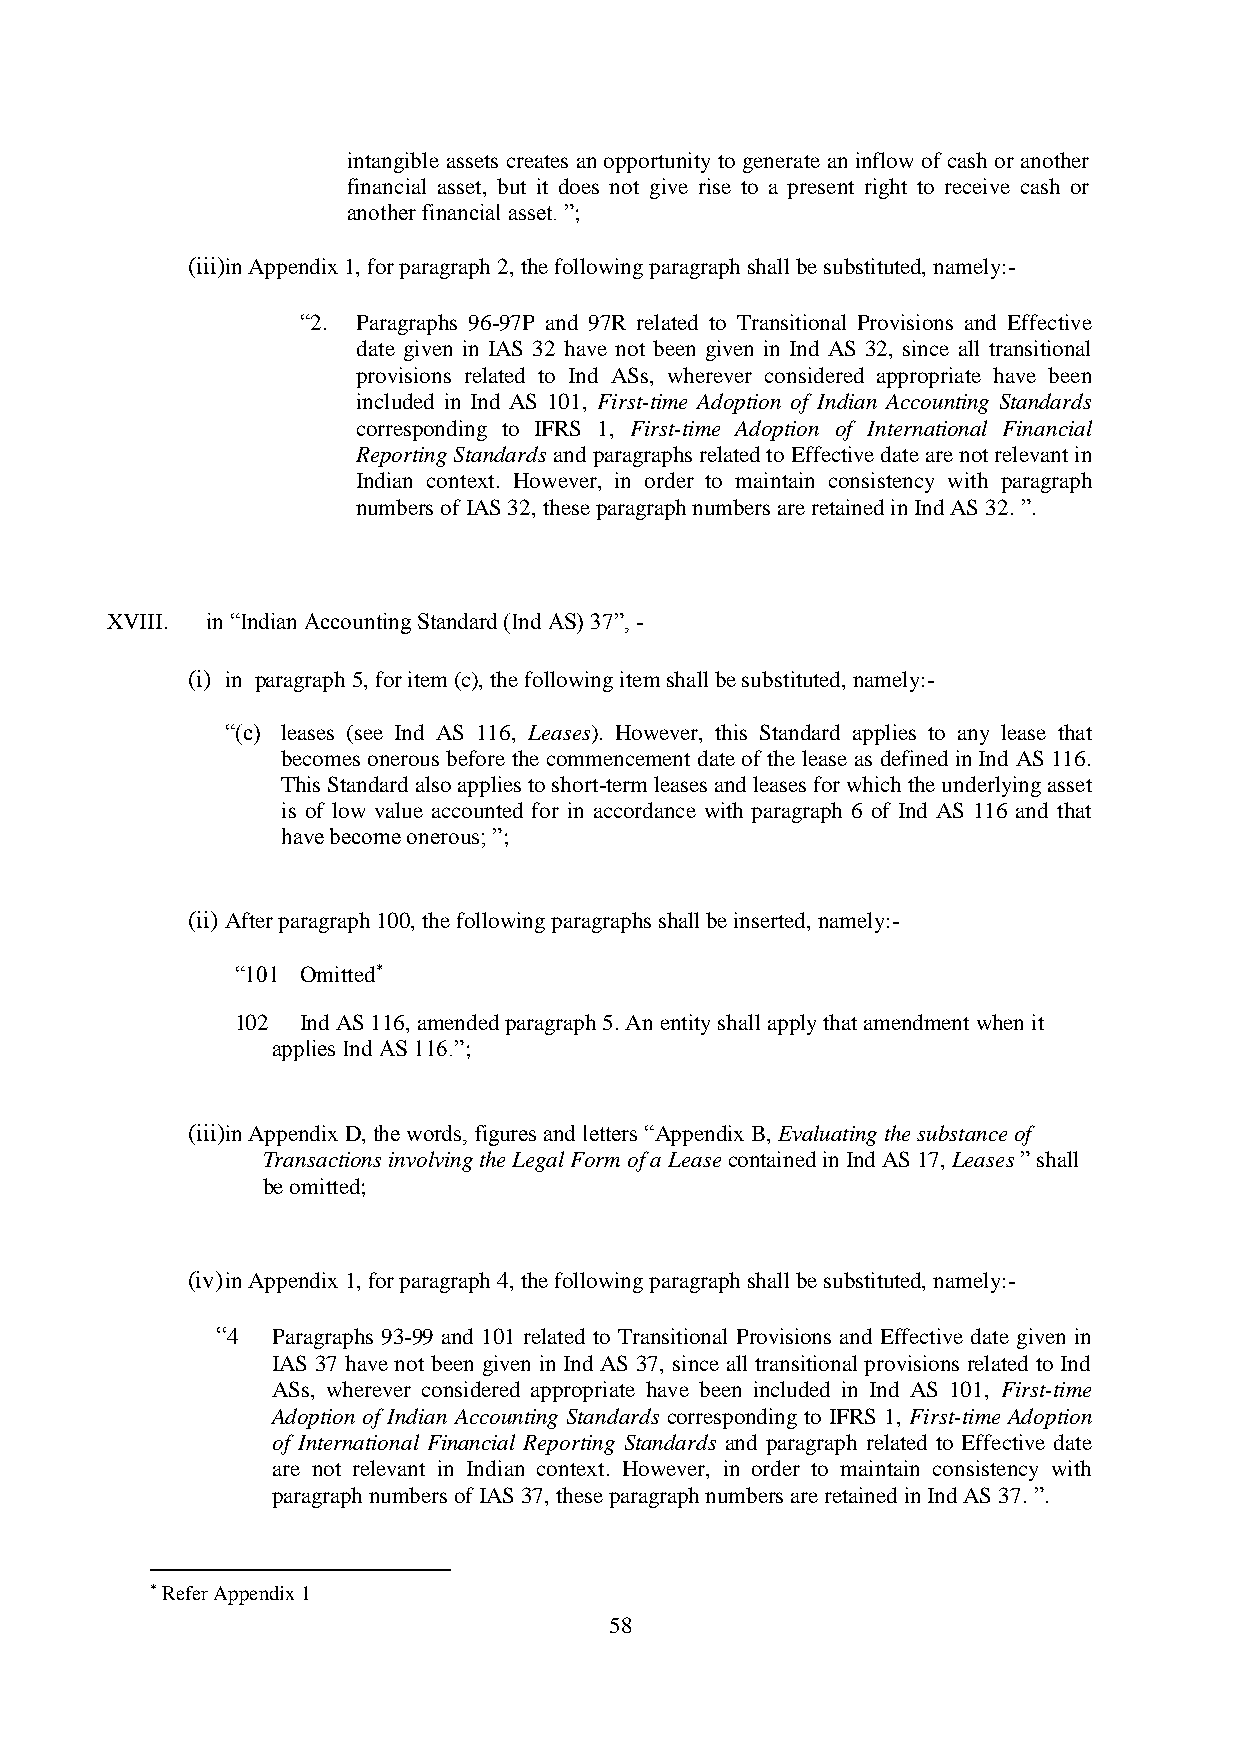
intangible assets creates an opportunity to generate an inflow of cash or another
 financial asset, but it does not give rise to a present right to receive cash or
 another financial asset. ”;
 (iii)in Appendix 1, for paragraph 2, the following paragraph shall be substituted, namely:-
 “2. Paragraphs 96-97P and 97R related to Transitional Provisions and Effective
 date given in IAS 32 have not been given in Ind AS 32, since all transitional
 provisions related to Ind ASs, wherever considered appropriate have been
 included in Ind AS 101, First-time Adoption of Indian Accounting Standards
 corresponding to IFRS 1, First-time Adoption of International Financial
 Reporting Standards and paragraphs related to Effective date are not relevant in
 Indian context. However, in order to maintain consistency with paragraph
 numbers of IAS 32, these paragraph numbers are retained in Ind AS 32. ”.
 XVIII. in “Indian Accounting Standard (Ind AS) 37”, -
 (i) in paragraph 5, for item (c), the following item shall be substituted, namely:-
 “(c) leases (see Ind AS 116, Leases). However, this Standard applies to any lease that
 becomes onerous before the commencement date of the lease as defined in Ind AS 116.
 This Standard also applies to short-term leases and leases for which the underlying asset
 is of low value accounted for in accordance with paragraph 6 of Ind AS 116 and that
 have become onerous; ”;
 (ii) After paragraph 100, the following paragraphs shall be inserted, namely:-
 “101 Omitted*
 102 Ind AS 116, amended paragraph 5. An entity shall apply that amendment when it
 applies Ind AS 116.”;
 (iii)in Appendix D, the words, figures and letters “Appendix B, Evaluating the substance of
 Transactions involving the Legal Form of a Lease contained in Ind AS 17, Leases ” shall
 be omitted;
 (iv) in Appendix 1, for paragraph 4, the following paragraph shall be substituted, namely:-
 “4  Paragraphs 93-99 and 101 related to Transitional Provisions and Effective date given in
 IAS 37 have not been given in Ind AS 37, since all transitional provisions related to Ind
 ASs, wherever considered appropriate have been included in Ind AS 101, First-time
 Adoption of Indian Accounting Standards corresponding to IFRS 1, First-time Adoption
 of International Financial Reporting Standards and paragraph related to Effective date
 are not relevant in Indian context. However, in order to maintain consistency with
 paragraph numbers of IAS 37, these paragraph numbers are retained in Ind AS 37. ”.
 * Refer Appendix 1
 58